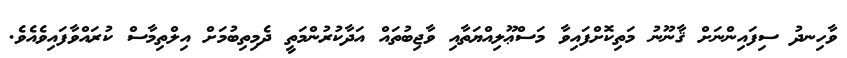
ވާހިނދު ސިފައިންނަށް ޤާނޫނު މަތިކޮށްފައިވާ މަސްޢޫލިއްޔަތާއި ވާޖިބުތައް އަދާކުރުންމަތީ ދެމިތިބުމަށް އިލްތިމާސް ކުރައްވާފައިވެއެވެ.